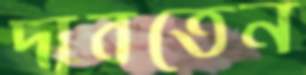
দাবতেন